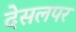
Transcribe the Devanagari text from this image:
देसलपर